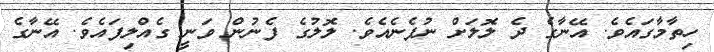
ހިތާމާގައެވެ. އޭނާގެ ދެ ލޮލަށް ނުފެނެއެވެ. ލޮލުގެ ފެނުން ވަނީ ގެއްލިފައެވެ. އޭނާގެ